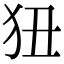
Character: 狃